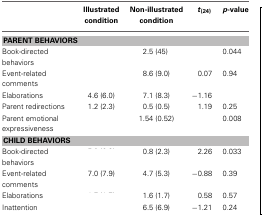
<table><thead><tr><td>[EMPTY_CELL]</td><td><b>Illustrated condition</b></td><td><b>Non-illustrated condition</b></td><td><b><i>t</i><sub>(24)</sub></b></td><td><b><i>p</i>-value</b></td></tr></thead><tbody><tr><td colspan="5"><b>PARENT BEHAVIORS</b></td></tr><tr><td>Book-directed behaviors</td><td>[EMPTY_CELL]</td><td>2.5 (45)</td><td>[EMPTY_CELL]</td><td>0.044</td></tr><tr><td>Event-related comments</td><td>[EMPTY_CELL]</td><td>8.6 (9.0)</td><td>0.07</td><td>0.94</td></tr><tr><td>Elaborations</td><td>4.6 (6.0)</td><td>7.1 (8.3)</td><td>−1.16</td><td>[EMPTY_CELL]</td></tr><tr><td>Parent redirections</td><td>1.2 (2.3)</td><td>0.5 (0.5)</td><td>1.19</td><td>0.25</td></tr><tr><td>Parent emotional expressiveness</td><td>[EMPTY_CELL]</td><td>1.54 (0.52)</td><td>[EMPTY_CELL]</td><td>0.008</td></tr><tr><td colspan="5"><b>CHILD BEHAVIORS</b></td></tr><tr><td>Book-directed behaviors</td><td>[EMPTY_CELL]</td><td>0.8 (2.3)</td><td>2.26</td><td>0.033</td></tr><tr><td>Event-related comments</td><td>7.0 (7.9)</td><td>4.7 (5.3)</td><td>−0.88</td><td>0.39</td></tr><tr><td>Elaborations</td><td>[EMPTY_CELL]</td><td>1.6 (1.7)</td><td>0.58</td><td>0.57</td></tr><tr><td>Inattention</td><td>[EMPTY_CELL]</td><td>6.5 (6.9)</td><td>−1.21</td><td>0.24</td></tr></tbody></table>